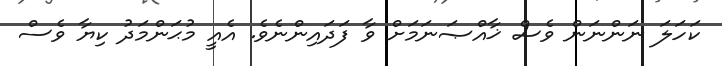
ކަހަލަ ނަންނަން ވެސް ޚާއްޞަނަމަށް ވާ ފަދައިންނެވެ. އެއީ މުޙަންމަދު ކިޔާ ވެސް